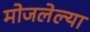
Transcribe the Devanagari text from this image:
मोजलेल्या